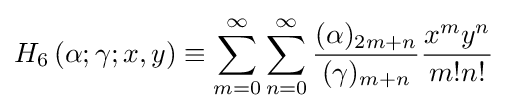
H_{6}\left(\alpha ;\gamma ;x,y\right)\equiv \sum _{m=0}^{\infty }\sum _{n=0}^{\infty }{\frac {(\alpha )_{2m+n}}{(\gamma )_{m+n}}}{\frac {x^{m}y^{n}}{m!n!}}